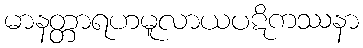
မာနတ္တာရဟမူလာယပဋိကဿနာ